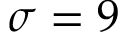
\sigma = 9